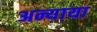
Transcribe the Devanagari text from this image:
अन्याया